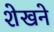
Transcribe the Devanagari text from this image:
शेखने